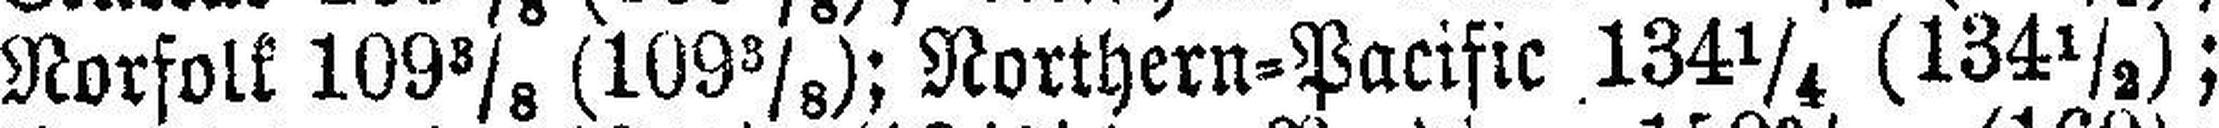
Norfolk 109⅜ (109⅜); Northern=Pacific 134¼ (134½);